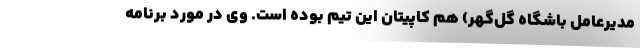
مدیرعامل باشگاه گل‌گهر) هم کاپیتان این تیم بوده است. وی در مورد برنامه